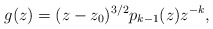
\begin{align*}g(z)=(z-z_0)^{3/2}p_{k-1}(z)z^{-k},\end{align*}